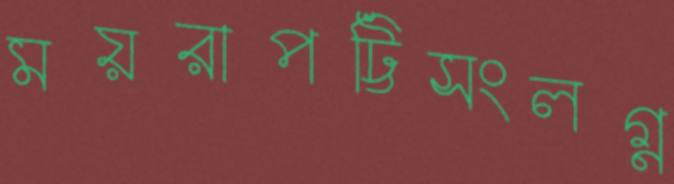
ময়রাপট্টিসংলগ্ন